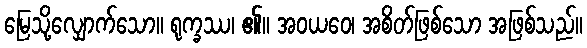
မြေသို့လျှောက်သော။ ရုက္ခဿ၊ ၏။ အဝယဝေ၊ အစိတ်ဖြစ်သော အဖြစ်သည်။